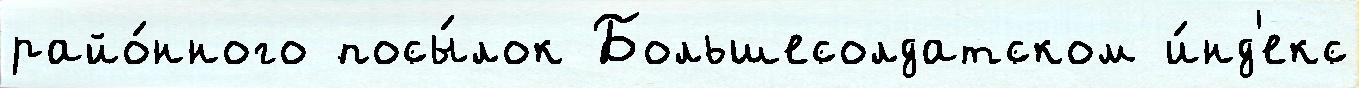
райо́нного посы́лок Большесолдатском и́нд'екс